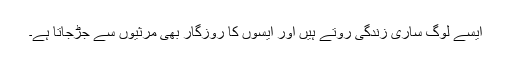
ایسے لوگ ساری زندگی روتے ہیں اور ایسوں کا روزگار بھی مرثیوں سے جڑجاتا ہے۔